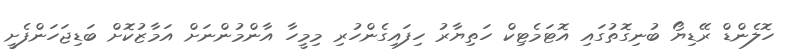
ހޮލެންޑް ރޭޑިޔޯ ބުނިގޮތުގައި އޮޓަމެޓިކް ހަތިޔާރު ހިފައިގެންހުރި މިމީހާ އާންމުންނަށް އަމާޒުކޮށް ބަޑިޖަހަންފެށީ